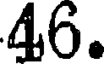
46.